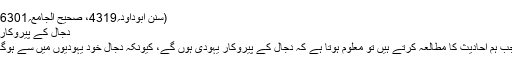
(سنن ابوداود؍4319، صحیح الجامع؍6301)
دجال کے پیروکار:
جب ہم احادیث کا مطالعہ کرتے ہیں تو معلوم ہوتا ہے کہ دجال کے پیروکار یہودی ہوں گے، کیونکہ دجال خود یہودیوں میں سے ہوگا۔